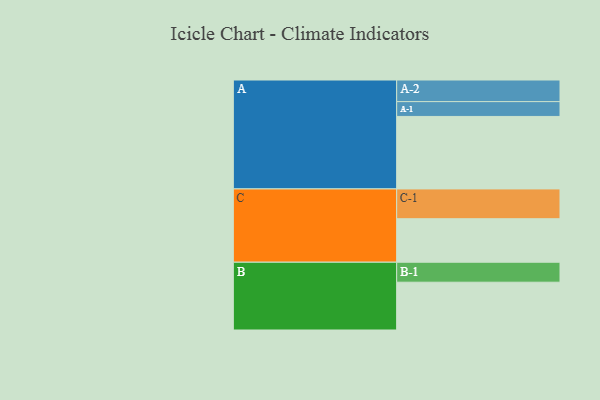
{"axis": {"x": "Segment", "y": "Value"}, "legend": ["", "A", "B", "C"], "data": [{"x": "A", "y": 523, "type": ""}, {"x": "B", "y": 345, "type": ""}, {"x": "C", "y": 314, "type": ""}, {"x": "A-1", "y": 107, "type": "A"}, {"x": "A-2", "y": 156, "type": "A"}, {"x": "B-1", "y": 144, "type": "B"}, {"x": "C-1", "y": 215, "type": "C"}]}